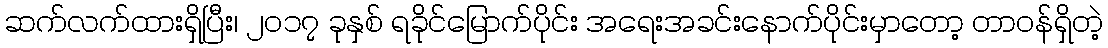
ဆက်လက်ထားရှိပြီး၊ ၂၀၁၇ ခုနှစ် ရခိုင်မြောက်ပိုင်း အရေးအခင်းနောက်ပိုင်းမှာတော့ တာဝန်ရှိတဲ့